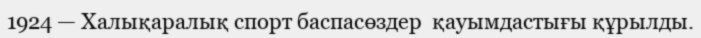
1924 — Халықаралық спорт баспасөздер  қауымдастығы құрылды.